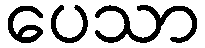
ပေသာ